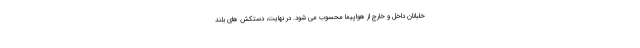
خلبانان داخل و خارج از هواپیما محسوب می شود. در نهایت، دستکش های بلند